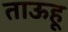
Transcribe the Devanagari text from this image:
ताऊहू